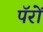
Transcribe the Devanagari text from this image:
पॅरों